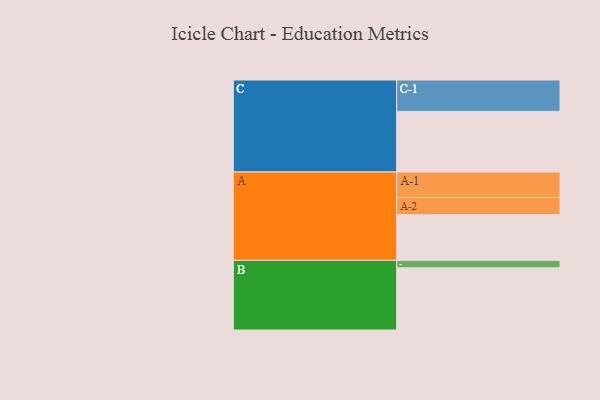
{"axis": {"x": "Segment", "y": "Value"}, "legend": ["", "A", "B", "C"], "data": [{"x": "A", "y": 341, "type": ""}, {"x": "B", "y": 465, "type": ""}, {"x": "C", "y": 453, "type": ""}, {"x": "A-1", "y": 191, "type": "A"}, {"x": "A-2", "y": 129, "type": "A"}, {"x": "B-1", "y": 56, "type": "B"}, {"x": "C-1", "y": 235, "type": "C"}]}